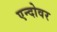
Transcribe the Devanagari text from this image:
एन्दोवर